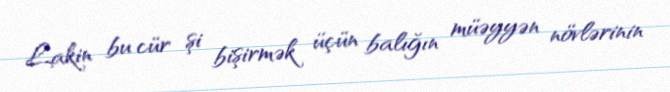
Lakin bu cür şi bişirmək üçün balığın müəyyən növlərinin